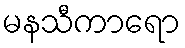
မနသီကာရော